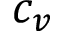
c _ { v }